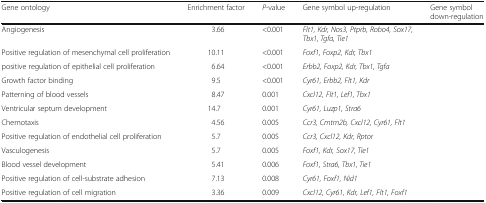
<table><thead><tr><td><b>Gene ontology</b></td><td><b>Enrichment factor</b></td><td><b><i>P</i>-value</b></td><td><b>Gene symbol up-regulation</b></td><td><b>Gene symbol down-regulation</b></td></tr></thead><tbody><tr><td>Angiogenesis</td><td>3.66</td><td>&lt;0.001</td><td><i>Flt1, Kdr, Nos3, Ptprb, Robo4, Sox17, Tbx1, Tgfa, Tie1</i></td><td></td></tr><tr><td>Positive regulation of mesenchymal cell proliferation</td><td>10.11</td><td>&lt;0.001</td><td><i>Foxf1, Foxp2, Kdr, Tbx1</i></td><td></td></tr><tr><td>positive regulation of epithelial cell proliferation</td><td>6.64</td><td>&lt;0.001</td><td><i>Erbb2, Foxp2, Kdr, Tbx1, Tgfa</i></td><td></td></tr><tr><td>Growth factor binding</td><td>9.5</td><td>&lt;0.001</td><td><i>Cyr61, Erbb2, Flt1, Kdr</i></td><td></td></tr><tr><td>Patterning of blood vessels</td><td>8.47</td><td>0.001</td><td><i>Cxcl12, Flt1, Lef1, Tbx1</i></td><td></td></tr><tr><td>Ventricular septum development</td><td>14.7</td><td>0.001</td><td><i>Cyr61, Luzp1, Stra6</i></td><td></td></tr><tr><td>Chemotaxis</td><td>4.56</td><td>0.005</td><td><i>Ccr3, Cmtm2b, Cxcl12, Cyr61, Flt1</i></td><td></td></tr><tr><td>Positive regulation of endothelial cell proliferation</td><td>5.7</td><td>0.005</td><td><i>Ccr3, Cxcl12, Kdr, Rptor</i></td><td></td></tr><tr><td>Vasculogenesis</td><td>5.7</td><td>0.005</td><td><i>Foxf1, Kdr, Sox17, Tie1</i></td><td></td></tr><tr><td>Blood vessel development</td><td>5.41</td><td>0.006</td><td><i>Foxf1, Stra6, Tbx1, Tie1</i></td><td></td></tr><tr><td>Positive regulation of cell-substrate adhesion</td><td>7.13</td><td>0.008</td><td><i>Cyr61, Foxf1, Nid1</i></td><td></td></tr><tr><td>Positive regulation of cell migration</td><td>3.36</td><td>0.009</td><td><i>Cxcl12, Cyr61, Kdr, Lef1, Flt1, Foxf1</i></td><td></td></tr></tbody></table>